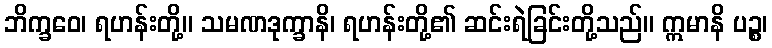
ဘိက္ခဝေ၊ ရဟန်းတို့။ သမဏဒုက္ခာနိ၊ ရဟန်းတို့၏ ဆင်းရဲခြင်းတို့သည်။ ဣမာနိ ပဉ္စ၊